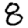
Digit: 8